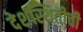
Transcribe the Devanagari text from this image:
देशस्थितीची